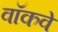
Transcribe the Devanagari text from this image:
वॉकवे